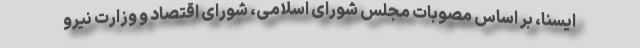
ایسنا، بر اساس مصوبات مجلس شورای اسلامی، شورای اقتصاد و وزارت نیرو